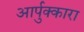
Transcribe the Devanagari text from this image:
आर्पुक्कारा